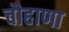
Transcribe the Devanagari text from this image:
चौहाणा